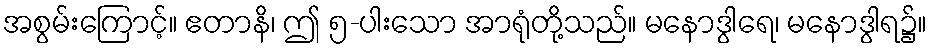
အစွမ်းကြောင့်။ ဧတာနိ၊ ဤ ၅-ပါးသော အာရုံတို့သည်။ မနောဒွါရေ၊ မနောဒွါရ၌။